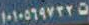
١٠١٠٥٦٩٧٣٢٥